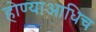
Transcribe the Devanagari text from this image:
होण्याआधिच